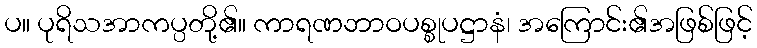
ပ။ ပုရိသအာကပ္ပတို့၏။ ကာရဏဘာဝပစ္စုပဋ္ဌာနံ၊ အကြောင်း၏အဖြစ်ဖြင့်